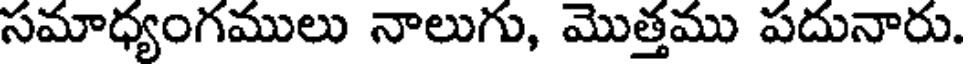
సమాధ్యంగములు నాలుగు, మొత్తము పదునారు.